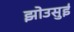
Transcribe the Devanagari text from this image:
झोउसुई